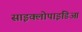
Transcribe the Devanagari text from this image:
साइक्लोपाइडिआ